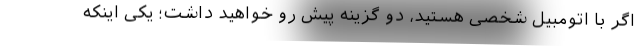
اگر با اتومبیل شخصی هستید، دو گزینه پیش رو خواهید داشت؛ یکی اینکه